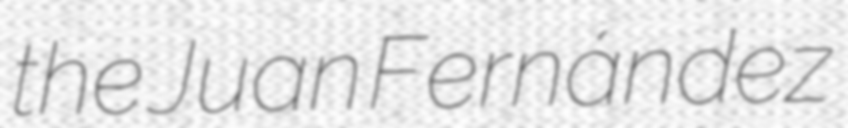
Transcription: the Juan Fernández